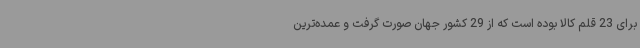
برای 23 قلم کالا بوده است که از 29 کشور جهان صورت گرفت و عمده‌ترین